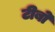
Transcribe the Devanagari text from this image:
टीबो